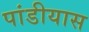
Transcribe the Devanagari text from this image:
पांडीयास